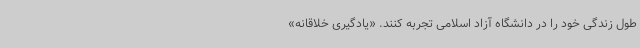
طول زندگی خود را در دانشگاه آزاد اسلامی تجربه کنند. «یادگیری خلاقانه»